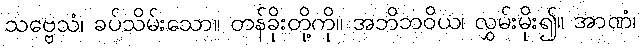
သဗ္ဗေသံ၊ ခပ်သိမ်းသော။ တန်ခိုးတို့ကို။ အဘိဘဝိယ၊ လွှမ်းမိုး၍။ အာဏံ၊